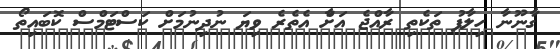
ގާނޫނާ ހިލާފު ތަކެތި ރާއްޖެ އަށާް އެތެރެ ވިޔަ ނުދިނުމަށް ކަސްޓަމްސް ކޮބައިތޯ